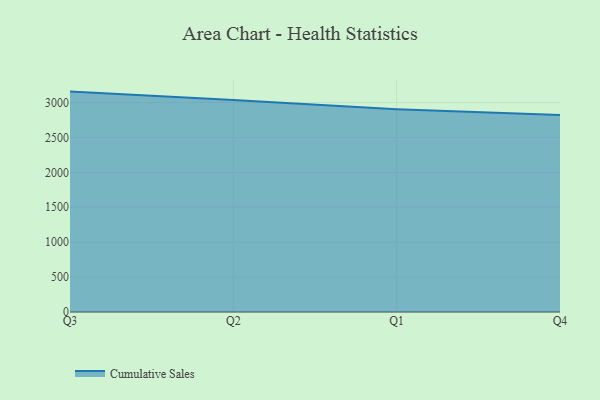
{"axis": {"x": "Quarter", "y": "Headcount"}, "legend": ["Cumulative Sales"], "data": [{"x": "Q3", "y": 3156.7, "type": "Cumulative Sales"}, {"x": "Q2", "y": 3037.1, "type": "Cumulative Sales"}, {"x": "Q1", "y": 2903.4, "type": "Cumulative Sales"}, {"x": "Q4", "y": 2820.3, "type": "Cumulative Sales"}]}